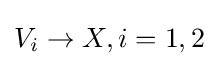
V_{i}\to X,i=1,2